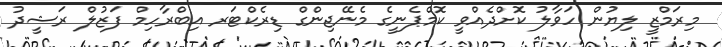
މިރަމްޒީ ލިޔުން ހަވާލު ކޮށްދެއްވީ ކޮމްޕެނީގެ މެނޭޖިންގް ޑިރެކްޓަރ އިބްރާހިމް ފަޒުލް ރަޝީދު